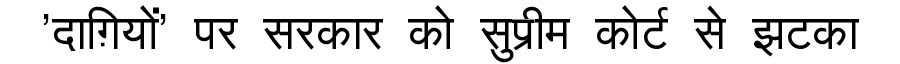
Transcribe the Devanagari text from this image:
'दाग़ियों' पर सरकार को सुप्रीम कोर्ट से झटका